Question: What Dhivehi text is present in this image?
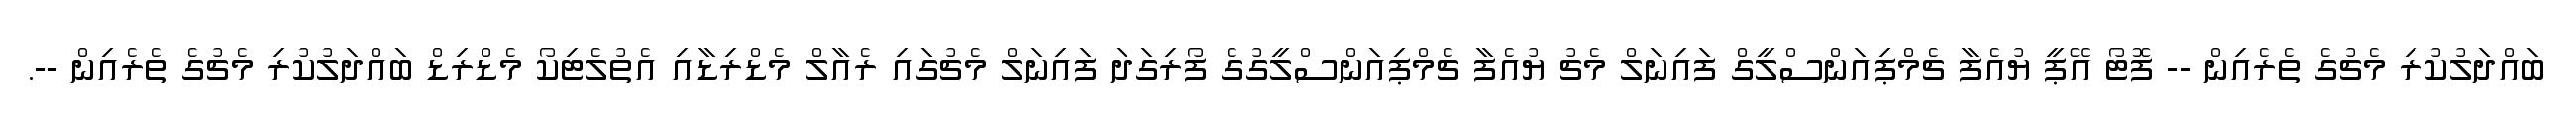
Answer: ބައްދަލުކުރި މެޗުގެ ތެރެއިން -- ފޮޓޯ އޭޕީ ޔުއެފާ ޗެމްޕިއަންސްލީގް ފައިނަލް މެޗު ޔުއެފާ ޗެމްޕިއަންސްލީގުގެ ފޯރިގަދަ ފައިނަލް މެޗުގައި ރެއާލް މެޑްރިޑާއި އެތުލެޓިކޯ މެޑްރިޑް ބައްދަލުކުރި މެޗުގެ ތެރެއިން --.